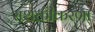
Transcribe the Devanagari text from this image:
सशक्तीकरणा